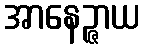
အာနေဉ္ဇာယ